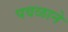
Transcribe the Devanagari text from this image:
पवळाने